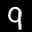
Label: 9